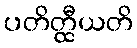
ပတိတ္ထီယတိ